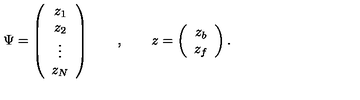
\Psi = \left( \begin{array} { c } { z _ { 1 } } \\ { z _ { 2 } } \\ { \vdots } \\ { z _ { N } } \\ \end{array} \right) \qquad , \qquad z = \left( \begin{array} { c } { z _ { b } } \\ { z _ { f } } \\ \end{array} \right) .